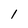
Character: l